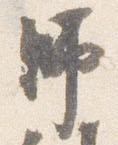
師